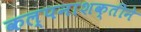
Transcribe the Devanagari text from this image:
कल्पनाशक्तीने